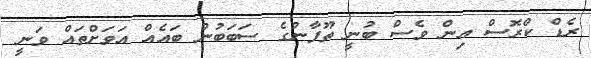
ރެޑް ކްރޮސް އިން ވެސް ބުނީ ތޫފާނުގެ ސަބަބުން ބައެއް އަވަށްތައް ވަނީ